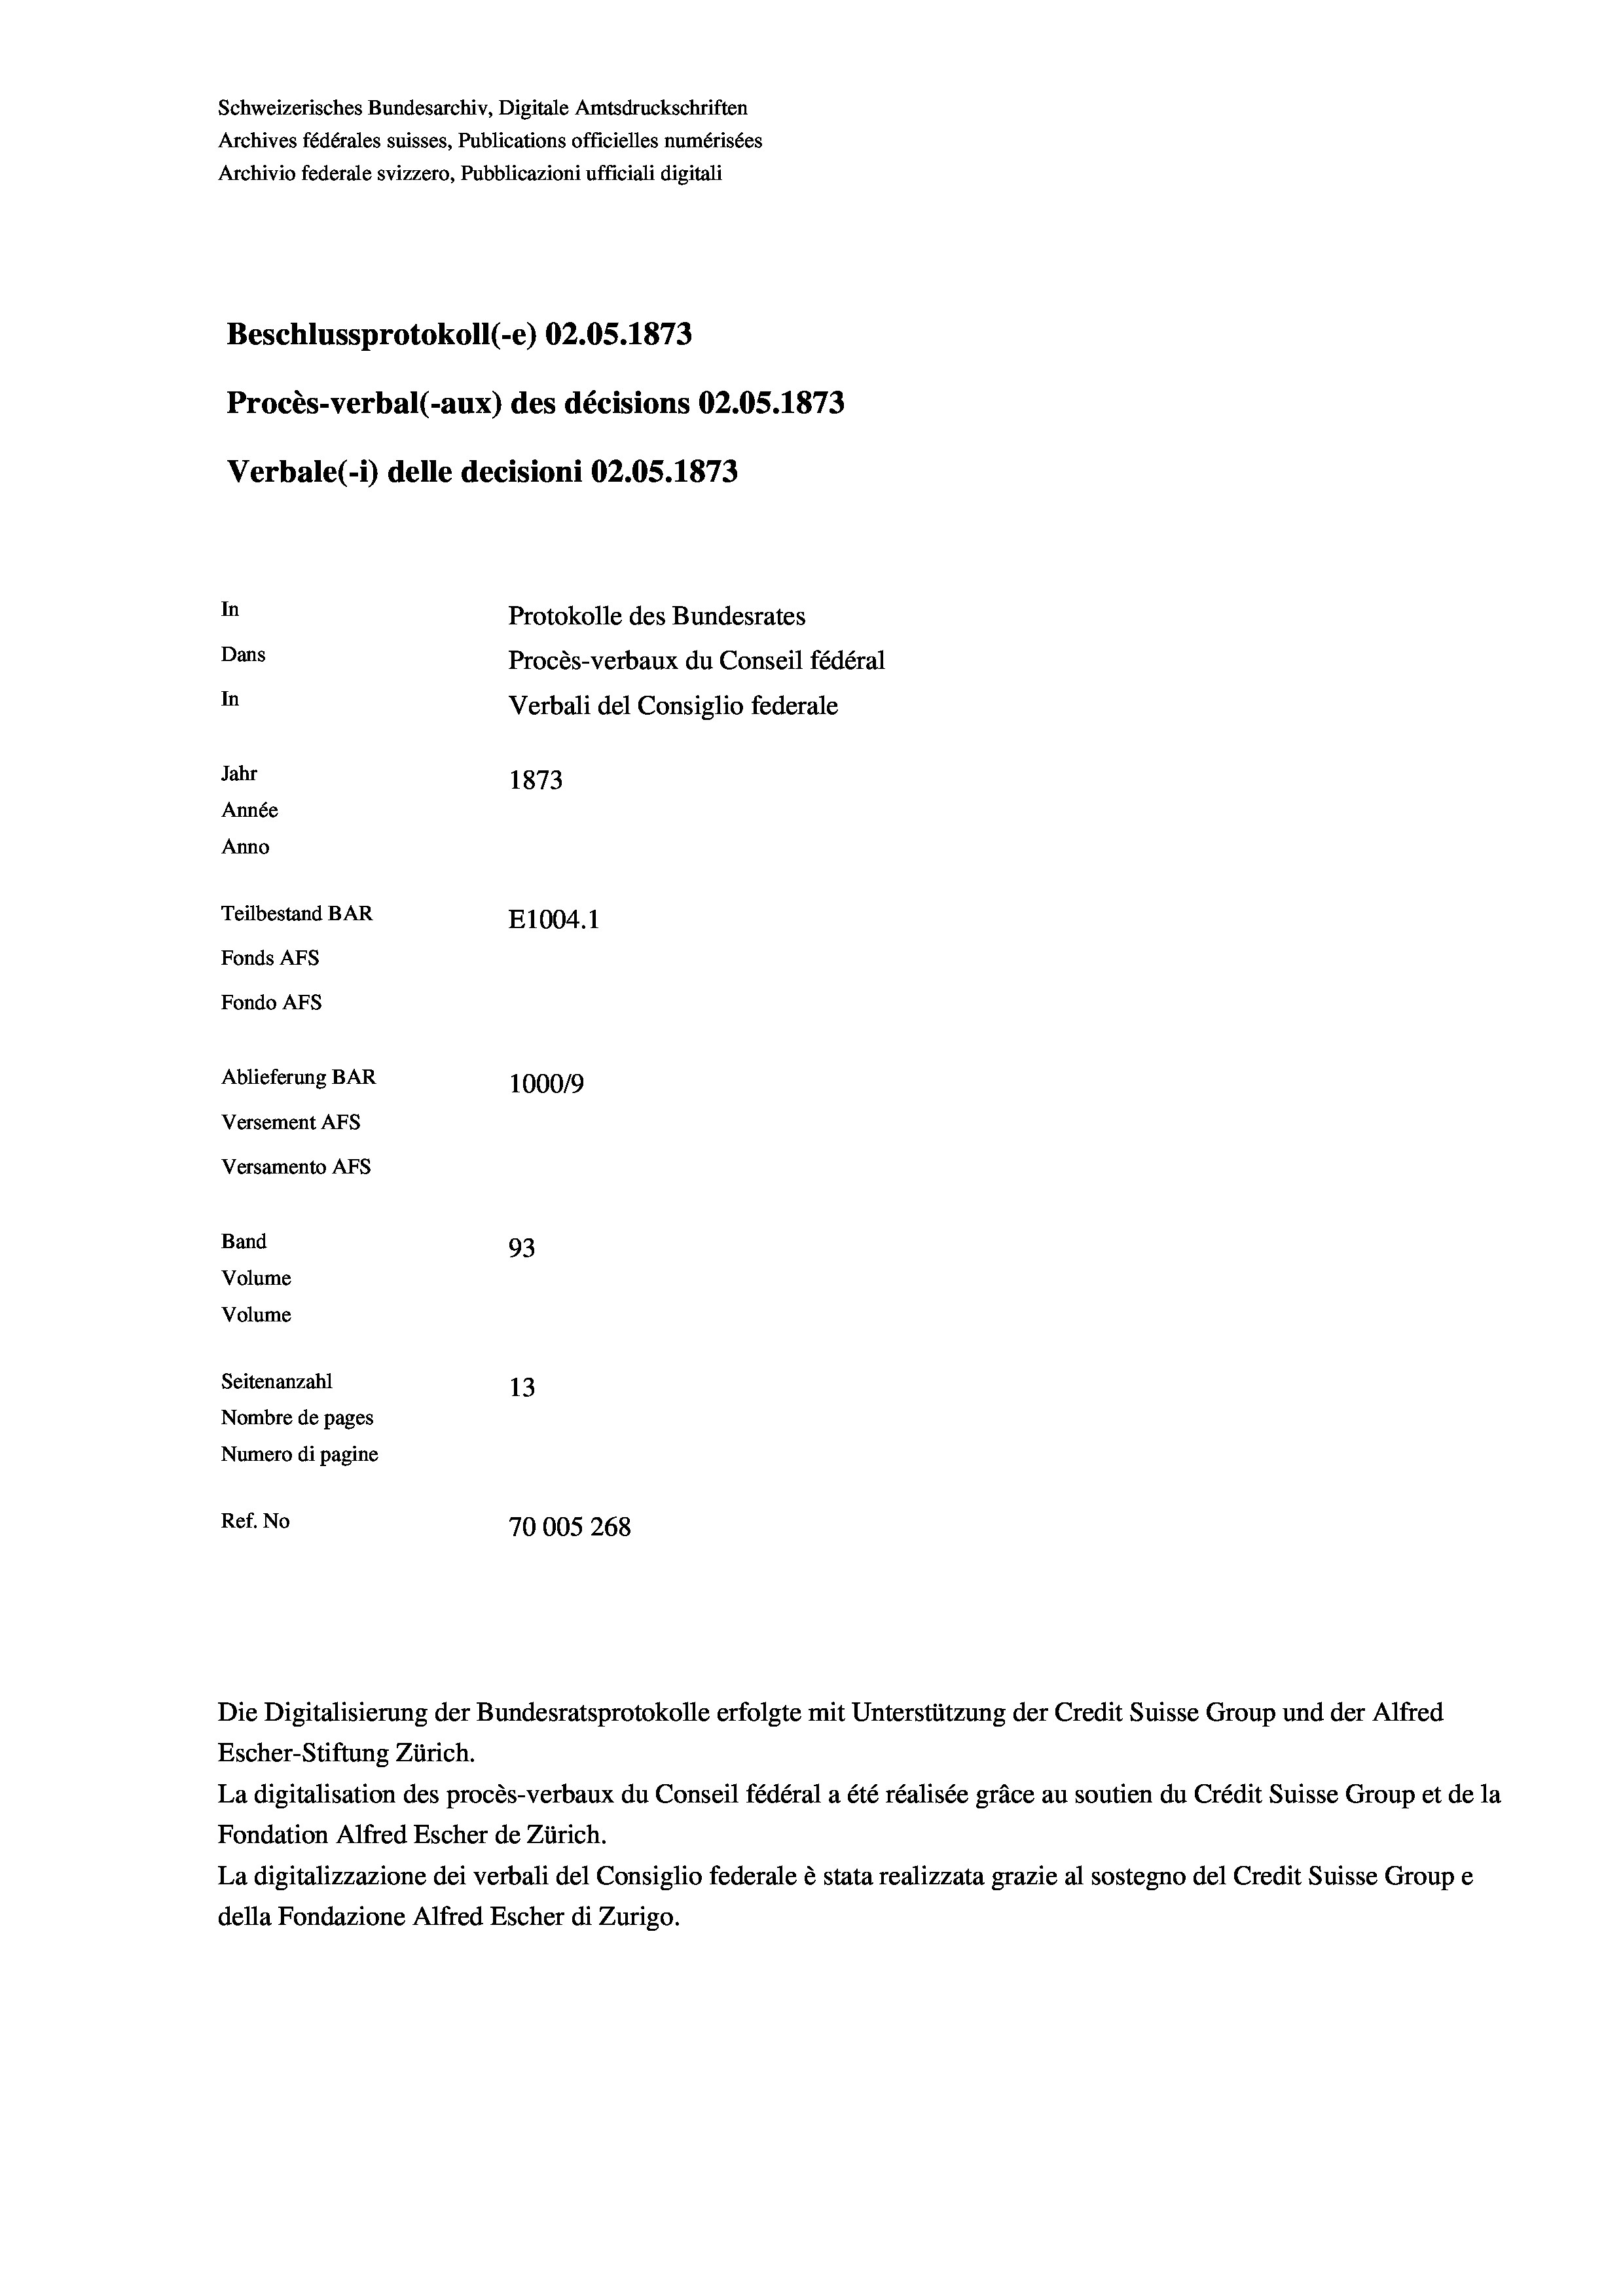
Schweizerisches Bundesarchiv, Digitale Amtsdruckschriften
Archives fédérales suisses, Publications officielles numérisées
Archivio federale svizzero, Pubblicazioni ufficiali digitali
Beschlussprotokoll (-e) 02.05. 1873
Procès-verbal (-aux) des décisions 02.0S.1873
Verbale (- 1) delle decisioni 02.05. 1873

In
Dans
In
Jahr
1873
Année
Anno
Teilbestand BAR
E1004. 1
Fonds Afs
Fondo AFs
Ablieferung BAR
100019
Versement Abs

Versamento Afs
Band
Volume
Volume

93
Seitenanzahl
13
Nombre de pages
Numero di pagine
Ref. No
70005 268

Protokolle des Bundesrates
Procès-verbaux du Conseil fédéral
Verbali del Consiglio federale

Die Digitalisierung der Bundesratsprotokolle erfolgte mit Unterstützung der Credit Suisse Group und der Alfred
Escher-Stiftung Zürich.
La digitalisation des procès-verbaux du Conseil fédéral a été réalisée gräce au soutien du Crédit Suisse Group et de la
Fondation Alfred Escher de Zürich.
La digitalizzazione dei verbali del Consiglio federale è stata realizzata grazie al sostegno del Credit Suisse Groupe
della Fondazione Alfred Escher di Zurigo.